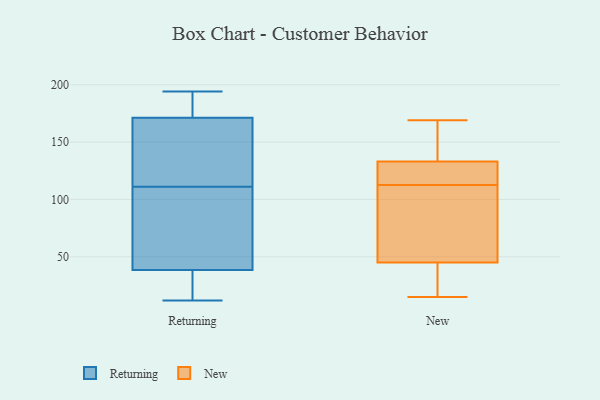
{"axis": {"x": "Backlog", "y": "Value"}, "legend": ["New", "Returning"], "data": [{"x": "", "y": 111, "type": "Returning"}, {"x": "", "y": 37, "type": "Returning"}, {"x": "", "y": 194, "type": "Returning"}, {"x": "", "y": 44, "type": "Returning"}, {"x": "", "y": 169, "type": "Returning"}, {"x": "", "y": 172, "type": "Returning"}, {"x": "", "y": 168, "type": "Returning"}, {"x": "", "y": 43, "type": "Returning"}, {"x": "", "y": 36, "type": "Returning"}, {"x": "", "y": 186, "type": "Returning"}, {"x": "", "y": 12, "type": "Returning"}, {"x": "", "y": 36, "type": "New"}, {"x": "", "y": 169, "type": "New"}, {"x": "", "y": 105, "type": "New"}, {"x": "", "y": 62, "type": "New"}, {"x": "", "y": 133, "type": "New"}, {"x": "", "y": 156, "type": "New"}, {"x": "", "y": 148, "type": "New"}, {"x": "", "y": 19, "type": "New"}, {"x": "", "y": 45, "type": "New"}, {"x": "", "y": 15, "type": "New"}, {"x": "", "y": 120, "type": "New"}, {"x": "", "y": 128, "type": "New"}, {"x": "", "y": 69, "type": "New"}, {"x": "", "y": 121, "type": "New"}]}